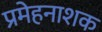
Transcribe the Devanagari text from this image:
प्रमेहनाशक